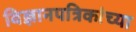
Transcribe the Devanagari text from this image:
विज्ञानपत्रिकांच्या